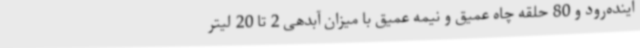
اینده‌رود و 80 حلقه چاه عمیق و نیمه عمیق با میزان آبدهی 2 تا 20 لیتر